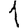
Digit: 1